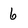
Character: 6